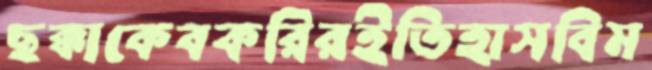
ছক্কাকেবকরিরইতিহাসবিম